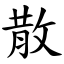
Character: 散